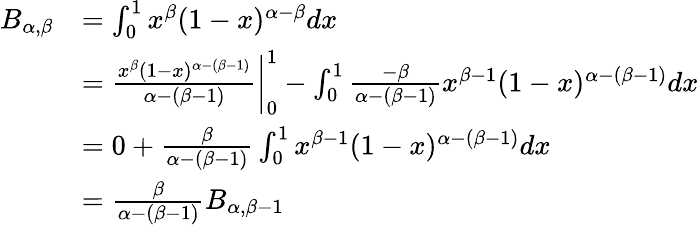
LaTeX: \begin{array}{rl}{B_{\alpha,\beta}}&{=\int_{0}^{1}x^{\beta}(1-x)^{\alpha-\beta}dx}\\ &{=\frac{x^{\beta}(1-x)^{\alpha-(\beta-1)}}{\alpha-(\beta-1)}\bigg\rvert_{0}^{1}-\int_{0}^{1}\frac{-\beta}{\alpha-(\beta-1)}x^{\beta-1}(1-x)^{\alpha-(\beta-1)}dx}\\ &{=0+\frac{\beta}{\alpha-(\beta-1)}\int_{0}^{1}x^{\beta-1}(1-x)^{\alpha-(\beta-1)}dx}\\ &{=\frac{\beta}{\alpha-(\beta-1)}B_{\alpha,\beta-1}}\end{array}